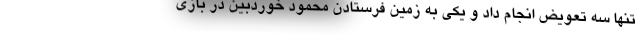
تنها سه تعویض انجام داد و یکی به زمین فرستادن محمود خوردبین در بازی